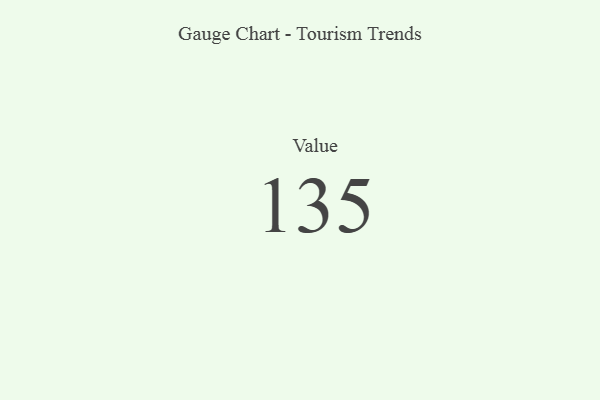
{"axis": {"x": "Metric", "y": "Value"}, "legend": [""], "data": [{"x": "Value", "y": 135, "type": ""}]}